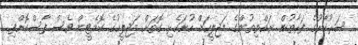
ސަރުކާރުގެ ފަރާތުން ރައްޔިތުންގެ މަޖިލީހަށް ހުށަހެޅި ގޮތަށް މަޖިލީހުގެ ކޮމެޓީން ވެސް ފާސްކޮށްފި